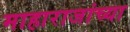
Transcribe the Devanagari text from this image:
माहाराजांच्या